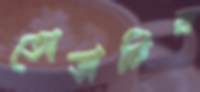
তোড়াটির